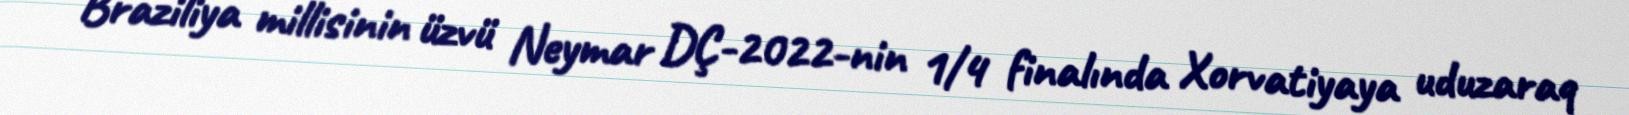
Braziliya millisinin üzvü Neymar DÇ-2022-nin 1/4 finalında Xorvatiyaya uduzaraq